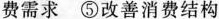
费需求⑤改善消费结构